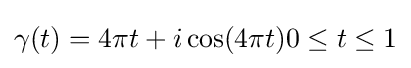
\gamma (t)=4\pi t+i\cos(4\pi t)0\leq t\leq 1